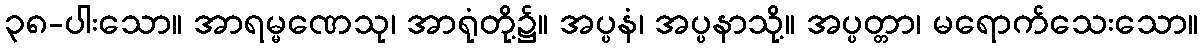
၃၈-ပါးသော။ အာရမ္မဏေသု၊ အာရုံတို့၌။ အပ္ပနံ၊ အပ္ပနာသို့။ အပ္ပတ္တာ၊ မရောက်သေးသော။